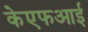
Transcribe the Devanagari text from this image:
केएफआई